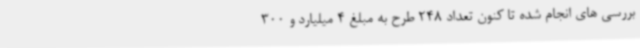
بررسی های انجام شده تا کنون تعداد 248 طرح به مبلغ 4 میلیارد و 300